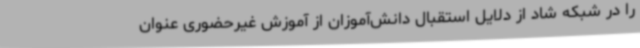
را در شبکه شاد از دلایل استقبال دانش‌آموزان از آموزش غیرحضوری عنوان